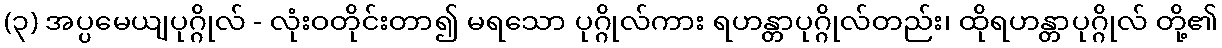
(၃) အပ္ပမေယျပုဂ္ဂိုလ် - လုံးဝတိုင်းတာ၍ မရသော ပုဂ္ဂိုလ်ကား ရဟန္တာပုဂ္ဂိုလ်တည်း၊ ထိုရဟန္တာပုဂ္ဂိုလ် တို့၏